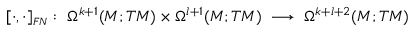
[ \cdot , \cdot ] _ { \scriptscriptstyle F N } : \; \Omega ^ { k + 1 } ( M ; T M ) \times \Omega ^ { l + 1 } ( M ; T M ) \; \longrightarrow \; \Omega ^ { k + l + 2 } ( M ; T M )